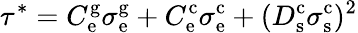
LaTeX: \tau^{*}=C_{\mathrm{e}}^{\mathrm{g}}\sigma_{\mathrm{e}}^{\mathrm{g}}+C_{\mathrm{e}}^{\mathrm{c}}\sigma_{\mathrm{e}}^{\mathrm{c}}+(D_{\mathrm{s}}^{\mathrm{c}}\sigma_{\mathrm{s}}^{\mathrm{c}})^{2}